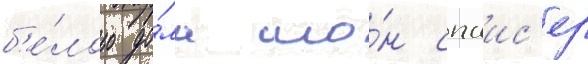
б'е́лого до́ма шо́н спаис'ер